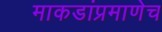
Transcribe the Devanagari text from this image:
माकडांप्रमाणेच